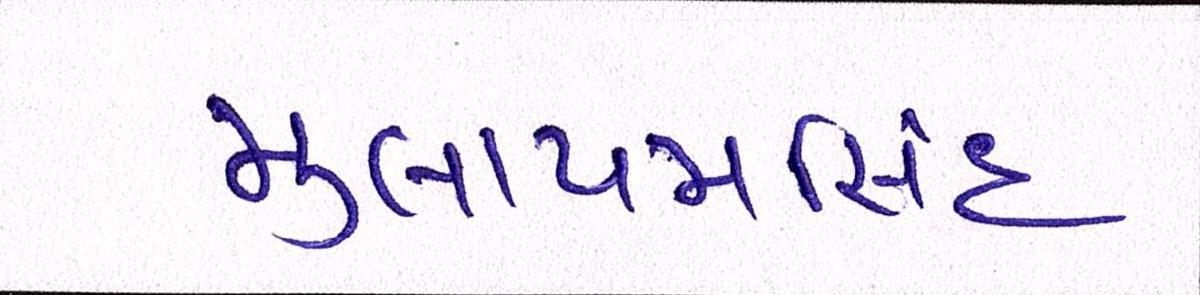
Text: મુલાયમસિંહ